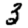
Digit: 3